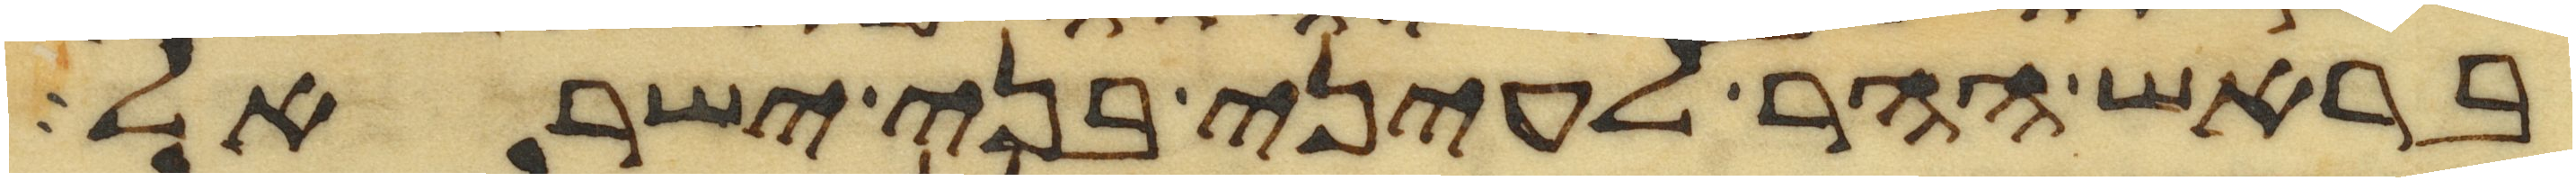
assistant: בראש ההר לעיני בני ישראל